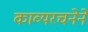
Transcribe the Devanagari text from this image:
काव्यरचनेने